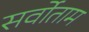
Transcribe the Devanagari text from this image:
सर्वोताम